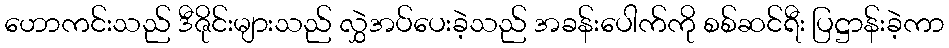
ဟောကင်းသည် ဒီဇိုင်းများသည် လွှဲအပ်ပေးခဲ့သည် အခန်းပေါက်ကို စစ်ဆင်ရီး ပြဋ္ဌာန်းခဲ့ကာ